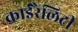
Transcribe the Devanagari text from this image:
काईरैलिटी